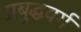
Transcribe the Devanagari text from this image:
प्रबुद्धवर्ग